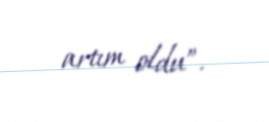
artım oldu”.